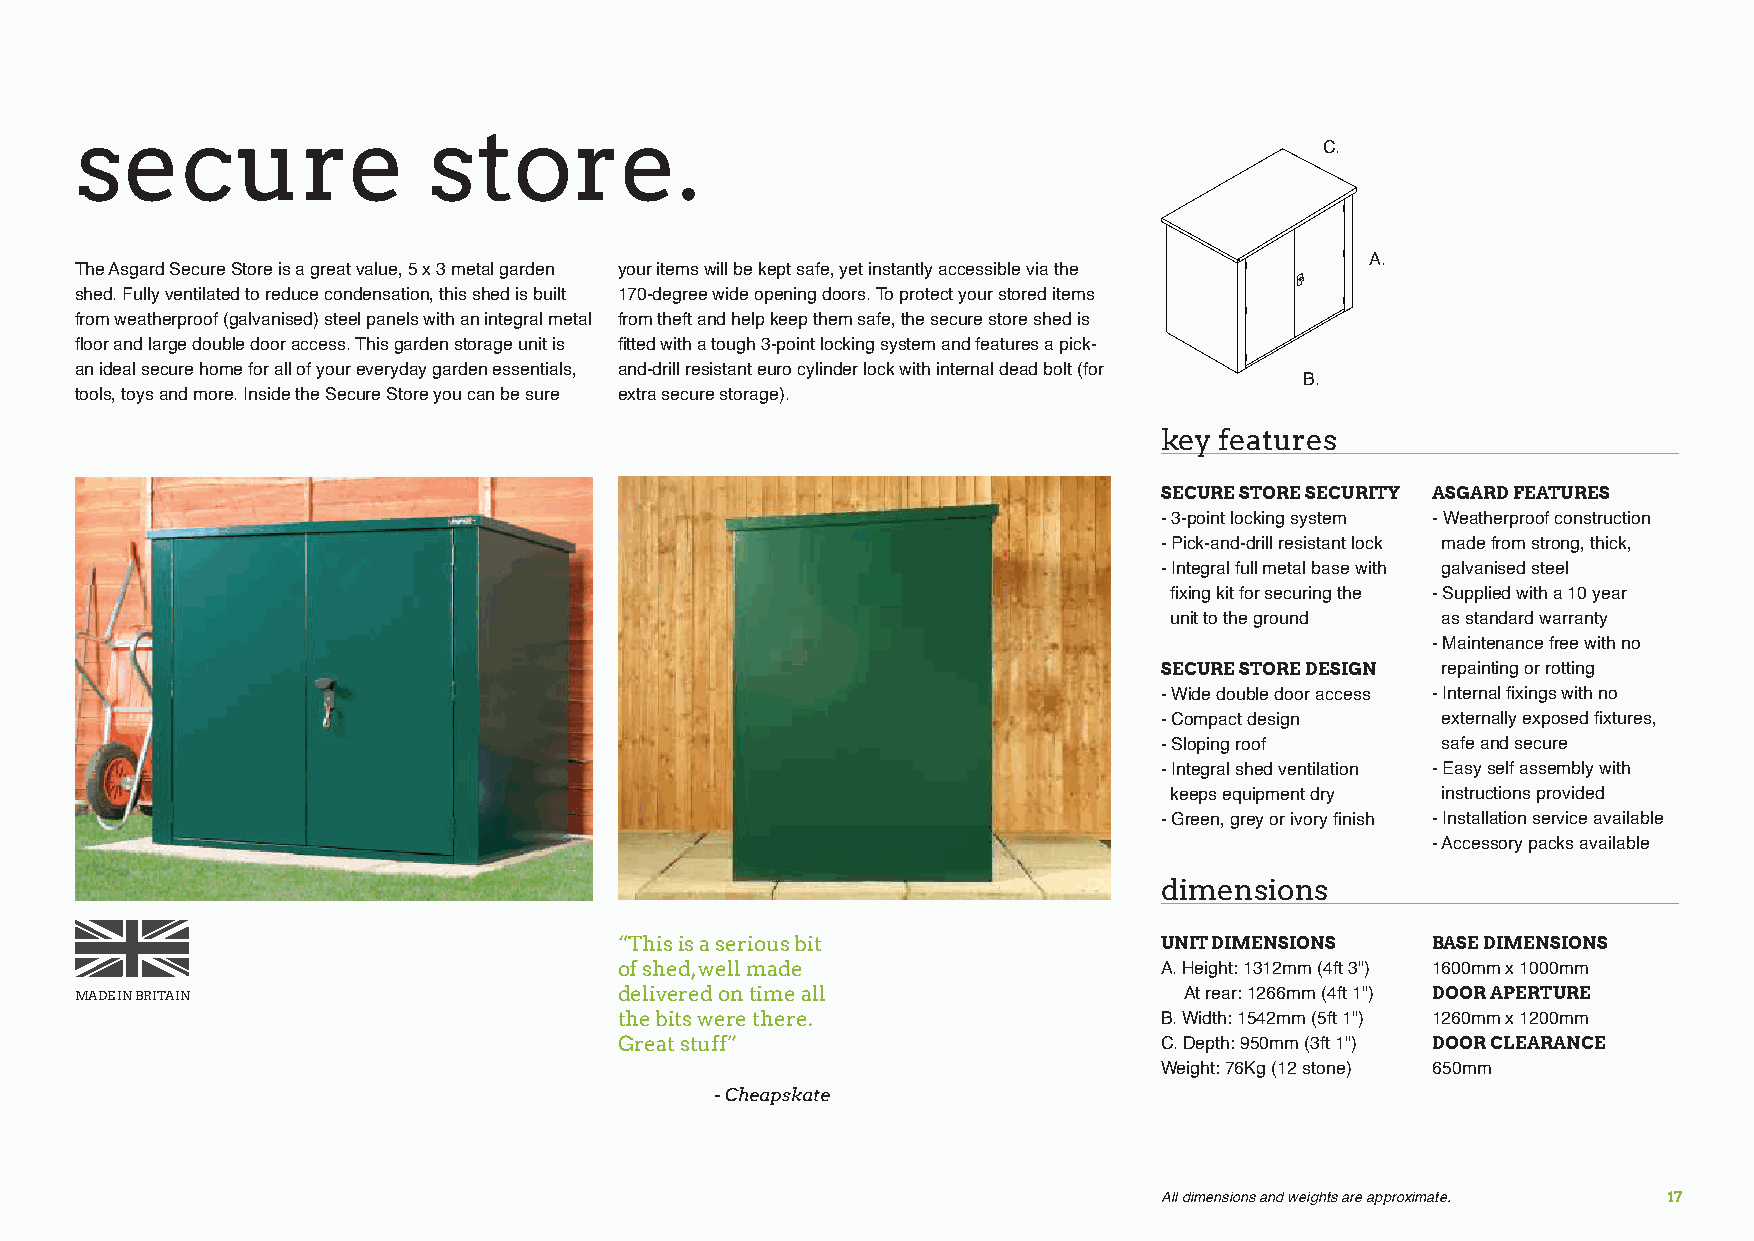
secure                 store.
 C.
 A.
 The Asgard Secure Store is a great value, 5 x 3 metal garden your items will be kept safe, yet instantly accessible via the
 shed. Fully ventilated to reduce condensation, this shed is built 170-degree wide opening doors. To protect your stored items
 from weatherproof (galvanised) steel panels with an integral metal from theft and help keep them safe, the secure store shed is
 floor and large double door access. This garden storage unit is fitted with a tough 3-point locking system and features a pick-
 an ideal secure home for all of your everyday garden essentials, and-drill resistant euro cylinder lock with internal dead bolt (for
 B.
 tools, toys and more. Inside the Secure Store you can be sure extra secure storage).
 key features
 SECURE STORE SECURITY ASGARD FEATURES
 - 3-point locking system - Weatherproof construction
 - Pick-and-drill resistant lock made from strong, thick,
 - Integral full metal base with galvanised steel
 fixing kit for securing the - Supplied with a 10 year
 unit to the ground as standard warranty
 - Maintenance free with no
 SECURE STORE DESIGN repainting or rotting
 - Wide double door access - Internal fixings with no
 - Compact design  externally exposed fixtures,
 - Sloping roof    safe and secure
 - Integral shed ventilation - Easy self assembly with
 keeps equipment dry instructions provided
 - Green, grey or ivory finish - Installation service available
 - Accessory packs available
 dimensions
 “This is a serious bit              UNIT DIMENSIONS   BASE DIMENSIONS
 of shed, well made                  A. Height: 1312mm (4ft 3") 1600mm x 1000mm
 MADE IN BRITAIN                     delivered on time all                At rear: 1266mm (4ft 1") DOOR APERTURE
 the bits were there.                B. Width: 1542mm (5ft 1") 1260mm x 1200mm
 Great stuff”                        C. Depth: 950mm (3ft 1") DOOR CLEARANCE
 Weight: 76Kg (12 stone) 650mm
 - Cheapskate
 All dimensions and weights are approximate. 17